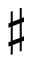
\sharp